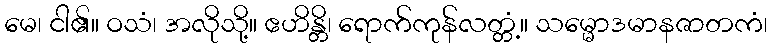
မေ၊ ငါ၏။ ဝသံ၊ အလိုသို့။ ဧဟိန္တိ၊ ရောက်ကုန်လတ္တံ့။ သမ္မောဒမာနဇာတကံ၊